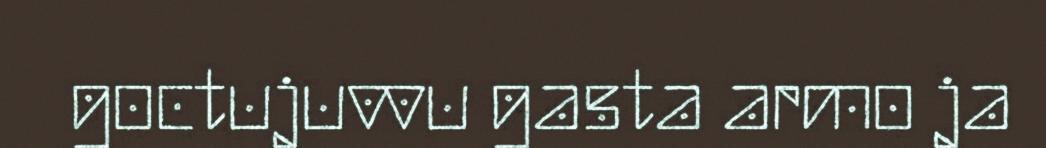
goctujuvvu gasta armo ja